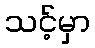
သင့်မှာ